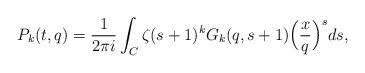
LaTeX: \begin{align*} P_k(t,q) = \frac{1}{2 \pi i} \int_{C} \zeta(s+1)^k G_{k}(q,s+1) \Big( \frac{x}{q} \Big)^s ds,\end{align*}